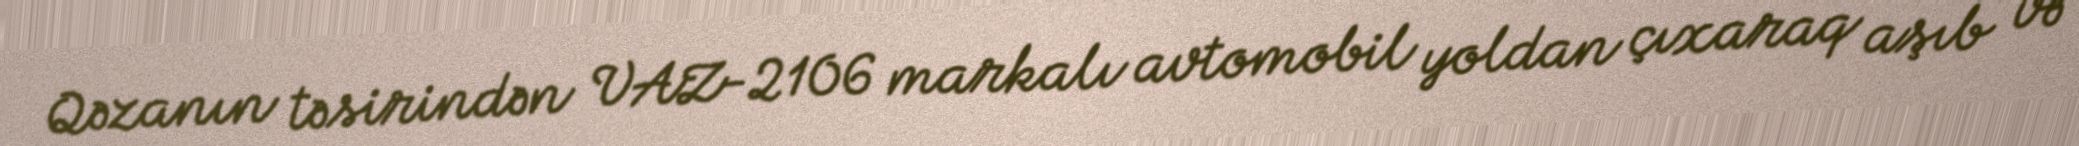
Qəzanın təsirindən VAZ-2106 markalı avtomobil yoldan çıxaraq aşıb və